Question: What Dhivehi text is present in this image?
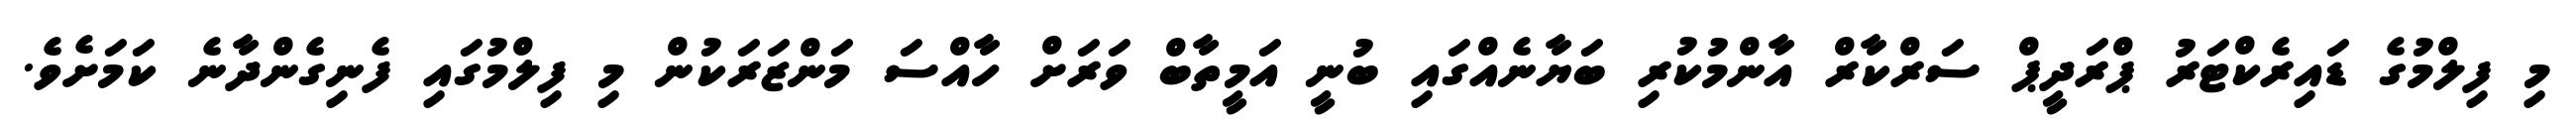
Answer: މި ފިލްމުގެ ޑައިރެކްޓަރު ޕްރަދީޕް ސަރްކާރް އާންމުކުރި ބަޔާނެއްގައި ބުނީ އަމީތާބް ވަރަށް ހާއްސަ މަންޒަރަކުން މި ފިލްމުގައި ފެނިގެންދާނެ ކަމަށެވެ.